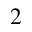
^ 2